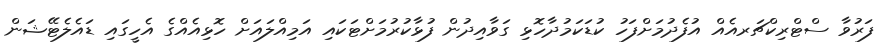
ފަރުވާ ސްޓްރިކްޗަރއެއް އުފެދުމަށްފަހު ކުޑަކަމުދާހޮޅި ގަވާއިދުން ފުޅާކުރުމަށްޓަކައި އަމިއްލައަށް ހޮޅިއެއްގެ އެހީގައި ޑައެލެޓޭޝަން